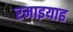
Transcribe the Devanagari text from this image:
रमाइयाह